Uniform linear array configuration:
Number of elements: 24
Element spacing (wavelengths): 0.25
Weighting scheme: blackman
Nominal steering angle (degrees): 15
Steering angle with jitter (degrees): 16.838
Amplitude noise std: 0.05
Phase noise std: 0.05

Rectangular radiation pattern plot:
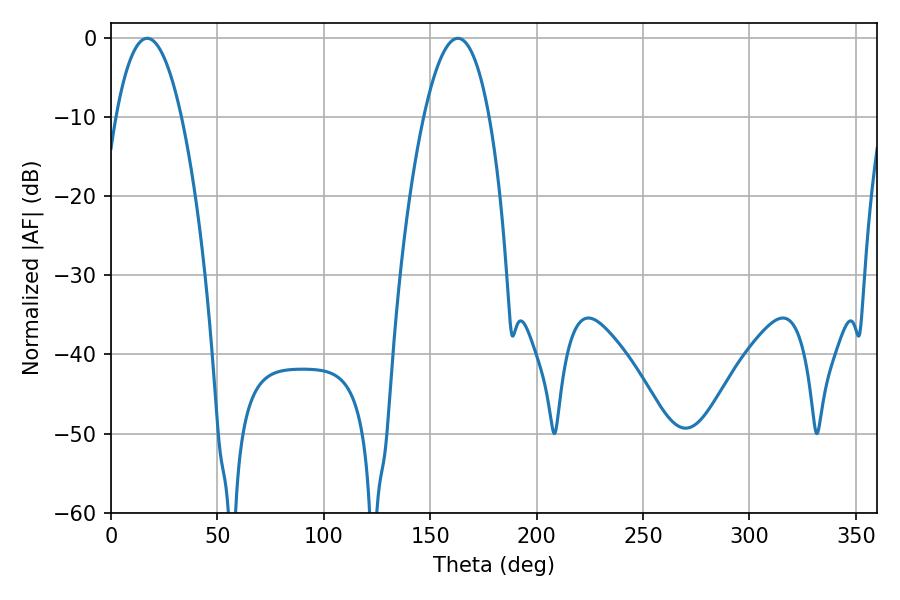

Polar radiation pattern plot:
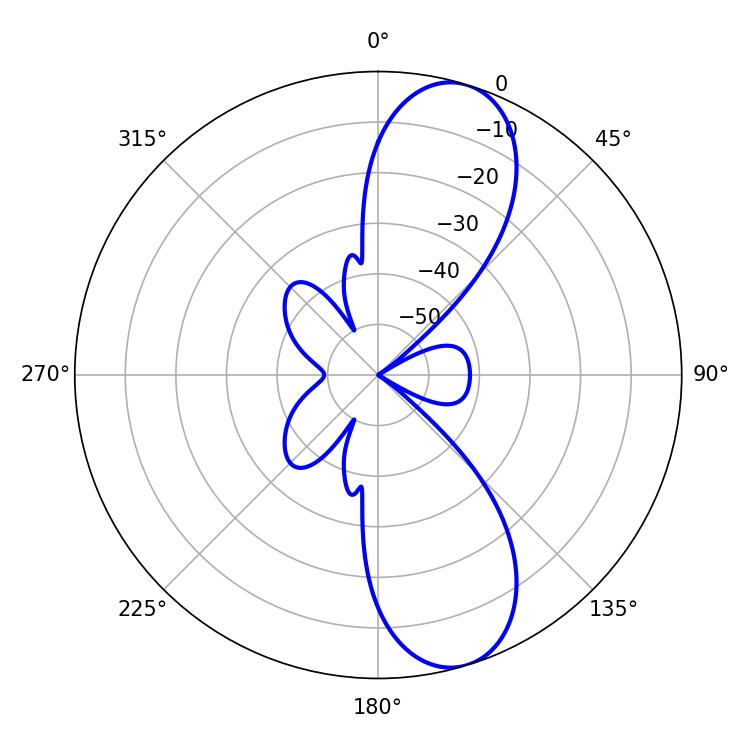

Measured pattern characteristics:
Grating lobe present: FALSE
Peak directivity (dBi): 10.259
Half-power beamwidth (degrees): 17.1
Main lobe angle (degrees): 16.92